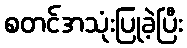
စတင်အသုံးပြုခဲ့ပြီး